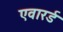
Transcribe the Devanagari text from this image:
एवारर्ड